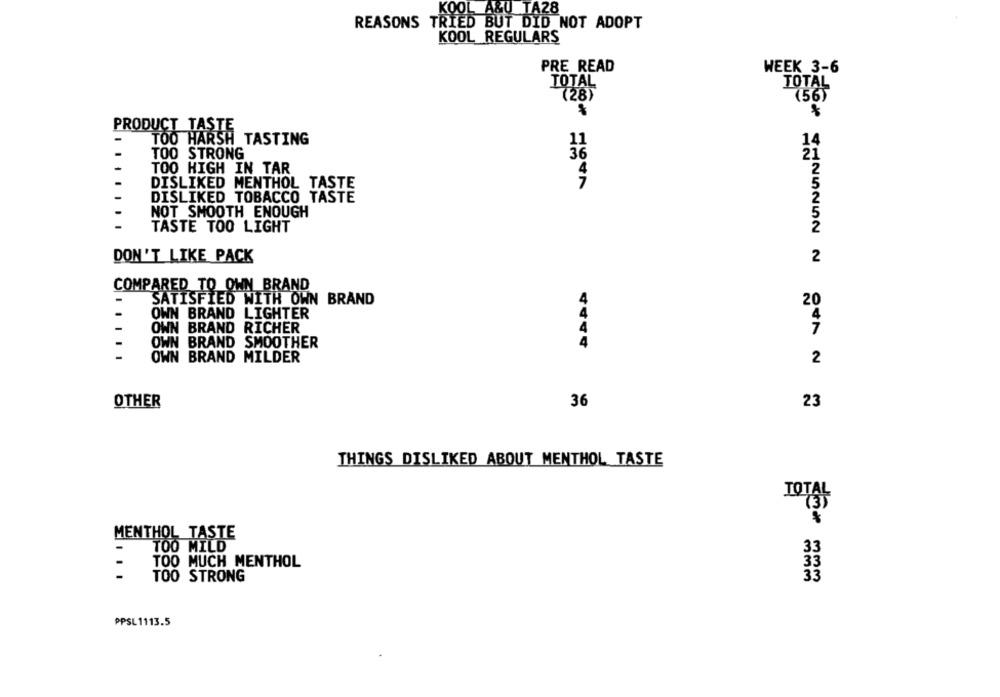
KOOL A&U TA28
REASONS TRIED BUT DID NOT ADOPT
KOOL REGULARS
PRE READ
WEEK 3-6
TOTAL
TOTAL
(56)
(28)
PRODUCT TASTE
TOO HARSH TASTING
14
36
TOO STRONG
TOO HIGH IN TAR
4
DISLIKED MENTHOL TASTE
DISLIKED TOBACCO TASTE
NOT SMOOTH ENOUGH
TASTE TOO LIGHT
DON'T LIKE PACK
2
COMPARED TO OWN BRAND
SATISFIED WITH OWN BRAND
20
OWN BRAND LIGHTER
4
-
OWN BRAND RICHER
7
OWN BRAND
SMOOTHER
4444
-
OWN BRAND MILDER
2
OTHER
36
23
SENONON N OTA N
THINGS DISLIKED ABOUT MENTHOL TASTE
TOTAL
MENTHOL TASTE
-
TOO MILD
33
-
TOO MUCH MENTHOL
33
TOO STRONG
33
PPSL 1113.5